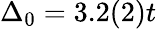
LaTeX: \Delta_{0}=3.2(2)t